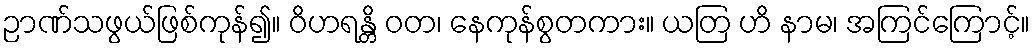
ဉာဏ်သဖွယ်ဖြစ်ကုန်၍။ ဝိဟရန္တိ ဝတ၊ နေကုန်စွတကား။ ယတြ ဟိ နာမ၊ အကြင်ကြောင့်။